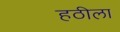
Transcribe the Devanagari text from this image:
हठीला